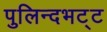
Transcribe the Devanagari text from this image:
पुलिन्दभट्ट